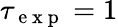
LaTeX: \tau_{\mathrm{~e~x~p~}}=1